Annual report of lunatic asylums [Bombay] - 1912-1922
Year: 1912
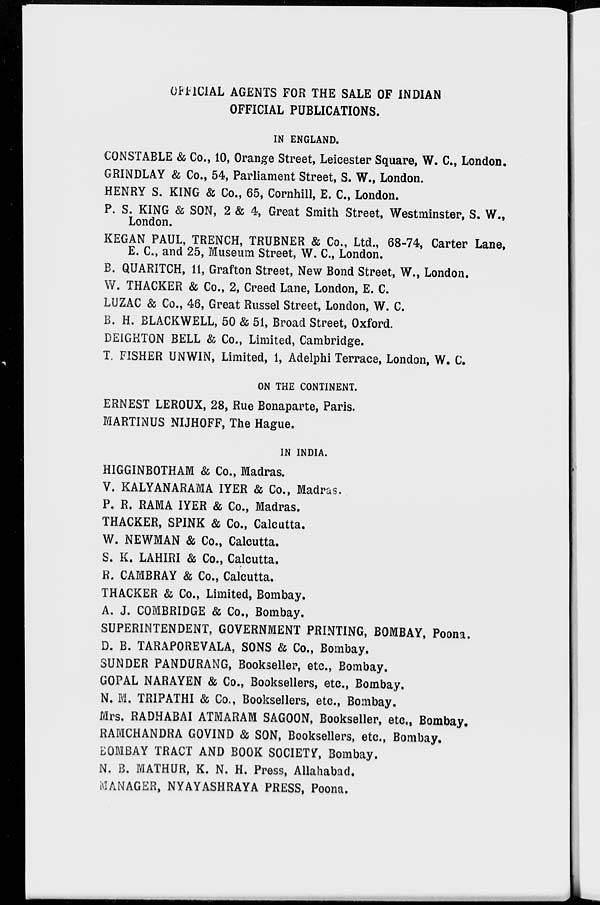
OFFICIAL AGENTS FOR THE SALE OF INDIAN
OFFICIAL PUBLICATIONS.
IN ENGLAND.
CONSTABLE & Co., 10, Orange Street, Leicester Square, W. C., London.
GRINDLAY & Co., 54, Parliament Street, S. W., London.
HENRY S. KING & Co., 65, Cornhill, E. C, London.
P. S. KING & SON, 2 & 4, Great Smith Street, Westminster, S. W.,
London.
KEGAN PAUL, TRENCH, TRUBNER & Co., Ltd., 68-74, Carter Lane,
E. C., and 25, Museum Street, W. C, London.
B. QUARITCH, 11, Grafton Street, New Bond Street, W., London.
W. THACKER & Co., 2, Creed Lane, London, E. C.
LUZAC & Co., 46, Great Russel Street, London, W. C.
B. H. BLACKWELL, 50 & 51, Broad Street, Oxford.
DEIGHTON BELL & Co., Limited, Cambridge.
T. FISHER UNWIN, Limited, 1, Adelphi Terrace, London, W. C.
ON THE CONTINENT.
ERNEST LEROUX, 28, Rue Bonaparte, Paris.
MARTINUS NIJHOFF, The Hague.
IN INDIA.
HIGGINBOTHAM & Co., Madras.
V. KALYANARAMA IYER & Co., Madras.
P. R. RAMA IYER & Co., Madras.
THACKER, SPINK & Co., Calcutta.
W. NEWMAN & Co., Calcutta.
S. K. LAHIRI & Co., Calcutta.
R. CAMBRAY & Co., Calcutta.
THACKER & Co., Limited, Bombay.
A. J. COMBRIDGE & Co., Bombay.
SUPERINTENDENT, GOVERNMENT PRINTING, BOMBAY, Poona.
D. B. TARAPOREVALA, SONS & Co., Bombay.
SUNDER PANDURANG, Bookseller, etc., Bombay.
GOPAL NARAYEN & Co., Booksellers, etc., Bombay.
N. M. TRIPATHI & Co., Booksellers, etc., Bombay.
Mrs. RADHABAI ATMARAM SAGOON, Bookseller, etc., Bombay.
RAMCHANDRA GOVIND & SON, Booksellers, etc., Bombay.
BOMBAY TRACT AND BOOK SOCIETY, Bombay.
N. B. MATHUR, K. N. H. Press, Allahabad.
MANAGER, NYAYASHRAYA PRESS, Poona.